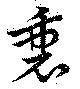
衷